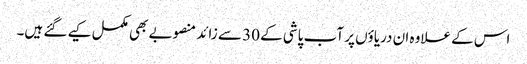
اس کے علاوہ ان دریاؤں پر آب پاشی کے 30 سے زائد منصوبے بھی مکمل کیے گئے ہیں۔